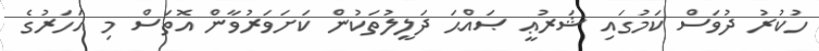
ހުކުރު ދުވަސް ކަމުގައި ޝަރުޢީ ޞައްޙަ ދަލީލުތަކުން ކަށަވަރުވާން އޮތަސް މި އަހަރުގެ